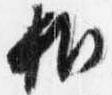
相